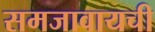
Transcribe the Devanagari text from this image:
समजावायची